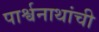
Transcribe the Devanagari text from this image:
पार्श्वनाथांची